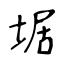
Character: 𡍄